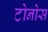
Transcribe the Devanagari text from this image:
टोनोस